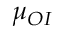
\mu _ { O I }